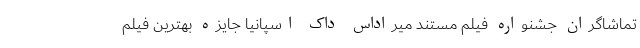
تماشاگران جشنواره فیلم مستند میراداس داک اسپانیا جایزه بهترین فیلم